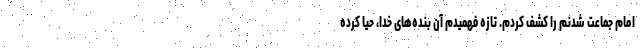
امام جماعت شدنم را کشف کردم. تازه فهمیدم آن بنده‌های خدا، حیا کرده